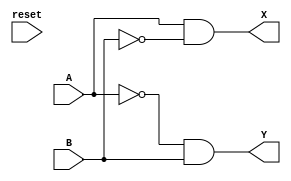
//Implementacion Conductual para las funciones X y Y, de Der a Izquierda
module celda_inicial_c(
    input wire  A,
    input wire  B,
    input reset,
    output wire X,
    output wire Y
); 
//Declaracion de variables para conectarlas al modulo, (A,B,x,y) son las entradas y (X,Y) son las salidas.
    assign X = A & ~B;
    assign Y = ~A & B;
//X corresponde a la funcion obtenida a mano resolviendo la red iterativa, X = (A')*B y Y = 0 
endmodule